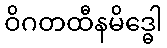
ဝိဂတထီနမိဒ္ဓေါ